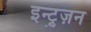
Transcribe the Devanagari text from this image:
इन्ट्रुज़न